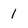
Character: 1